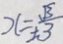
x = \pm \frac { \sqrt { 3 } } { 3 }